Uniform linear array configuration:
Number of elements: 64
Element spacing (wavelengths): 0.25
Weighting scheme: cosine
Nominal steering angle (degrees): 45
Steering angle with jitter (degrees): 45.971
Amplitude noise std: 0.05
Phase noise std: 0.05

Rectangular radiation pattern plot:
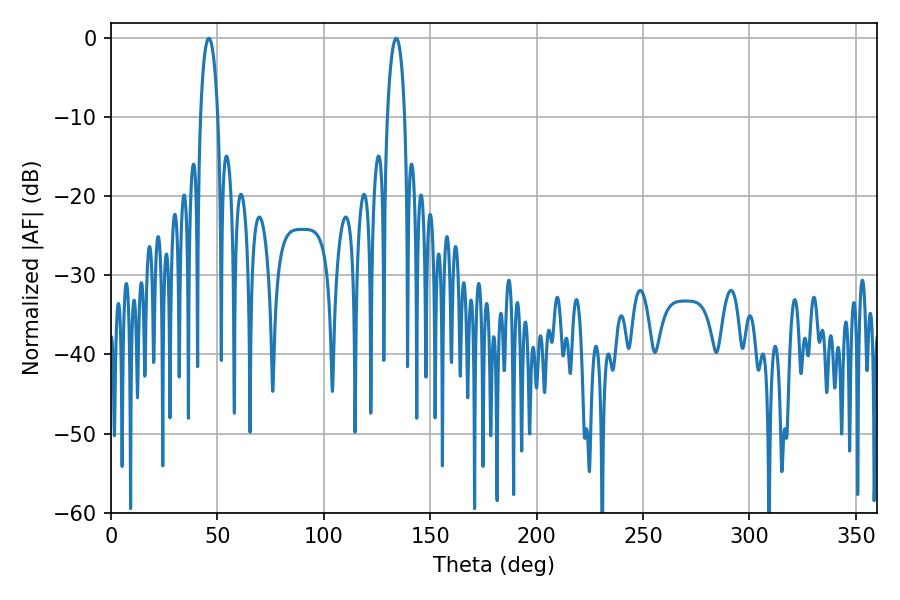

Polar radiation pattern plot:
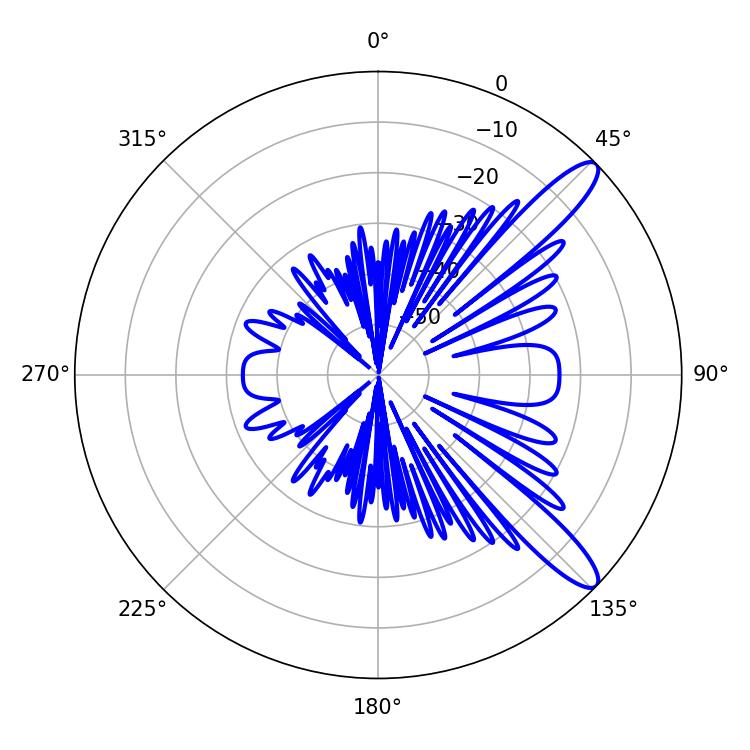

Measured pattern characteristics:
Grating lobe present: FALSE
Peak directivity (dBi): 11.829
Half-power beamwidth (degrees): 4.68
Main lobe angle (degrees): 45.9